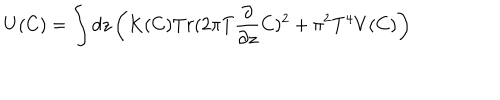
LaTeX: U ( C ) = \int d z \left( K ( C ) T r ( 2 \pi T { \frac { \partial } { \partial z } } C ) ^ { 2 } + \pi ^ { 2 } T ^ { 4 } V ( C ) \right)